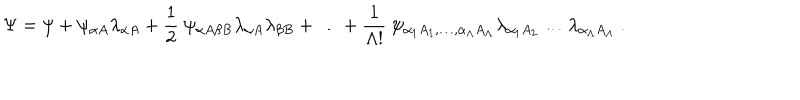
\Psi = \psi + \psi _ { \alpha A } \lambda _ { \alpha A } + \frac { 1 } { 2 } \ \psi _ { \alpha A \beta B } \lambda _ { \alpha A } \lambda _ { \beta B } + { \dots } + \frac { 1 } { \Lambda ! } \ \psi _ { \alpha _ { 1 } A _ { 1 } , \dots , \alpha _ { \Lambda } A _ { \Lambda } } \lambda _ { \alpha _ { 1 } A _ { 2 } } \dots \lambda _ { \alpha _ { \Lambda } A _ { \Lambda } } \ .